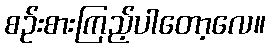
စဉ်းစားကြည့်ပါတော့လေ။